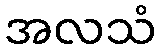
အလသံ